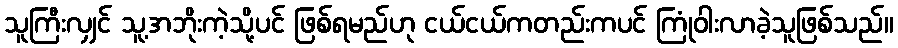
သူကြီးလျှင် သူ့အဘိုးကဲ့သို့ပင် ဖြစ်ရမည်ဟု ငယ်ငယ်ကတည်းကပင် ကြုံဝါးလာခဲ့သူဖြစ်သည်။